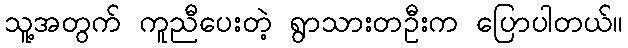
သူ့အတွက် ကူညီပေးတဲ့ ရွာသားတဦးက ပြောပါတယ်။